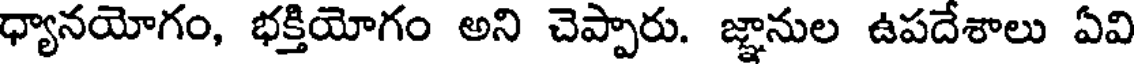
ధ్యానయోగం, భక్తియోగం అని చెప్పారు. జ్ఞానుల ఉపదేశాలు ఏవి